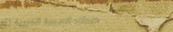
خدمات الترجمة الفورية للغ